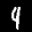
Label: 9